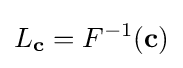
L_{\mathbf {c} }=F^{-1}(\mathbf {c} )